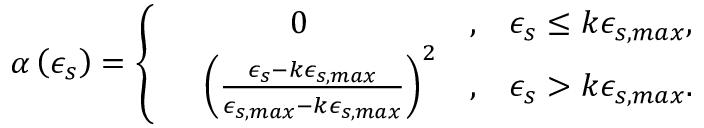
\alpha \left( \epsilon _ { s } \right) = \left\{ \begin{array} { r l r l } & { ~ ~ ~ ~ ~ ~ ~ ~ 0 } & { , } & { \epsilon _ { s } \le k \epsilon _ { s , m a x } , } \\ & { \left( \frac { \epsilon _ { s } - k \epsilon _ { s , m a x } } { \epsilon _ { s , m a x } - k \epsilon _ { s , m a x } } \right) ^ { 2 } } & { , } & { \epsilon _ { s } > k \epsilon _ { s , m a x } . } \end{array} \right.